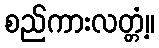
စည်ကားလတ္တံ့။